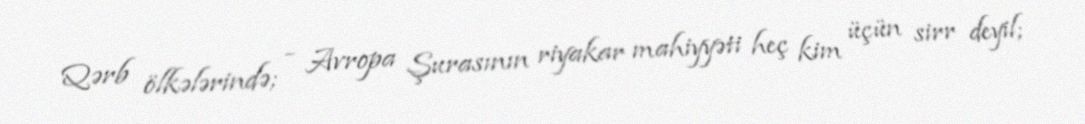
Qərb ölkələrində; - Avropa Şurasının riyakar mahiyyəti heç kim üçün sirr deyil;